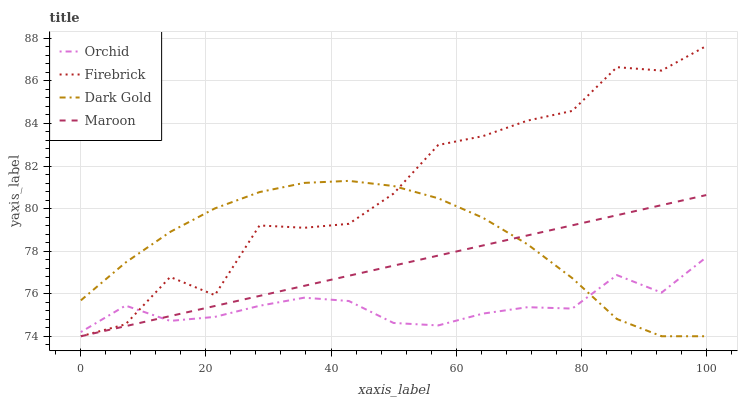
| xaxis_label | Orchid | Firebrick | Dark Gold | Maroon |
 | --- | --- | --- | --- | --- |
 | 0 | 74.2 | 74 | 75.7 | 74 |
 | 7.14 | 75.4 | 74.6 | 77.5 | 74.5 |
 | 14.3 | 74.7 | 76.8 | 78.9 | 74.9 |
 | 21.4 | 74.9 | 75.9 | 80 | 75.4 |
 | 28.6 | 75.4 | 79.2 | 80.8 | 75.9 |
 | 35.7 | 75.8 | 79.1 | 81.2 | 76.4 |
 | 42.9 | 75.7 | 79.3 | 81.3 | 76.8 |
 | 50 | 74.6 | 80.7 | 81.1 | 77.3 |
 | 57.1 | 74.5 | 83 | 80.5 | 77.8 |
 | 64.3 | 75.1 | 83.4 | 79.6 | 78.3 |
 | 71.4 | 75.4 | 84.1 | 78.3 | 78.7 |
 | 78.6 | 75.3 | 84.6 | 76.7 | 79.2 |
 | 85.7 | 76.9 | 86.6 | 74.8 | 79.7 |
 | 92.9 | 76 | 86.5 | 74 | 80.2 |
 | 100 | 77.7 | 87.6 | 74 | 80.6 |